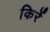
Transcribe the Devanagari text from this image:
किर्रे